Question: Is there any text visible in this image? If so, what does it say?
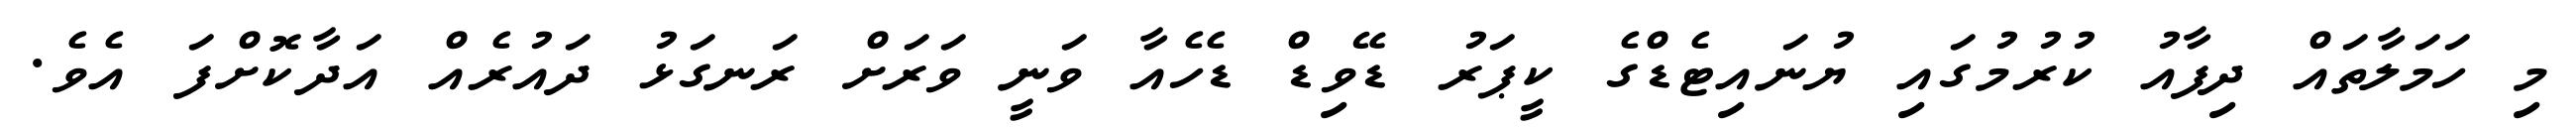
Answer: މި ހަމަލާތައް ދިފާއު ކުރުމުގައި ޔުނައިޓެޑްގެ ކީޕަރު ޑޭވިޑް ޑެހެއާ ވަނީ ވަރަށް ރަނގަޅު ދައުރެއް އަދާކޮށްފަ އެވެ.